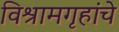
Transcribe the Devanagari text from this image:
विश्रामगृहांचे